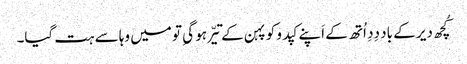
کُچھ دیر کے باد دِدِ اُتھ کے اَپنے کپدو کو پہن کے تیّر ہو گیِ تو میں وہا سے ہت گیا۔